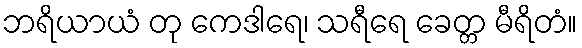
ဘရိယာယံ တု ကေဒါရေ၊ သရီရေ ခေတ္တ မီရိတံ။